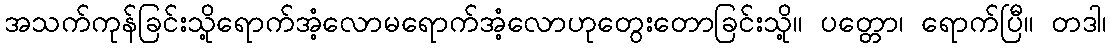
အသက်ကုန်ခြင်းသို့ရောက်အံ့လောမရောက်အံ့လောဟုတွေးတောခြင်းသို့။ ပတ္တော၊ ရောက်ပြီ။ တဒါ၊